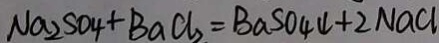
N a _ { 2 } S O _ { 4 } + B a C l _ { 2 } = B a S O _ { 4 } \downarrow + 2 N a C l